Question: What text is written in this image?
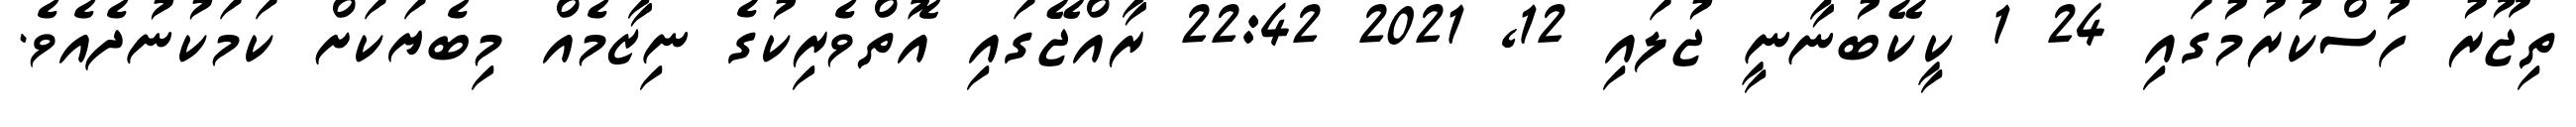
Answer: ތިޖޫރު ހުސްކުރުމުގައި 24 1 ކީކޭބުނާނީ ޖުލައި 12, 2021 22:42 ރާއްޖޭގައި އޮތްވެރިކުގެ ނިޒާމެއް މިބެޔަކަށް ކަމަކުނުދެއެވެ.